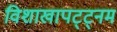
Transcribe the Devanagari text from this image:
विशाखापट्ट्नम